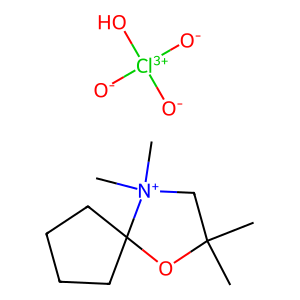
SMILES: CC1(C)C[N+](C)(C)C2(CCCC2)O1.[O-][Cl+3]([O-])([O-])O
Inhibits HIV replication: No